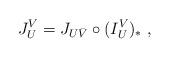
LaTeX: \begin{align*}J_{U}^{V}=J_{U\bar V}\circ (I_U^V)_*\ ,\end{align*}